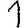
Digit: 1